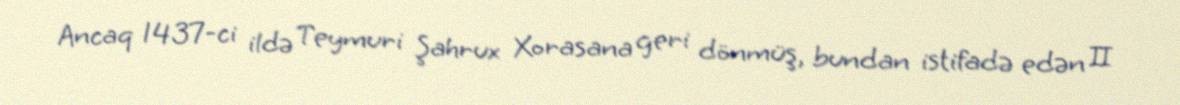
Ancaq 1437-ci ildə Teymuri Şahrux Xorasana geri dönmüş, bundan istifadə edən II